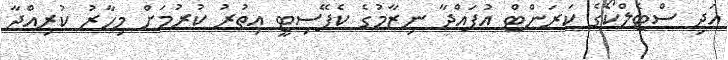
އަދި ސްޓެލްކޯގެ ކަރަންޓް އުފައްދާ ނިޒާމުގެ ކެޕޭސިޓީ އިތުރު ކުރުމަށް މިހާރު ކުރިއްދާ